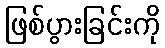
ဖြစ်ပွားခြင်းကို